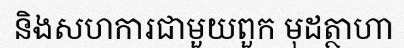
និងសហការជាមួយពួក មុដត្ថាហា